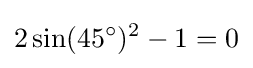
2\sin(45^{\circ })^{2}-1=0